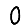
Digit: 0